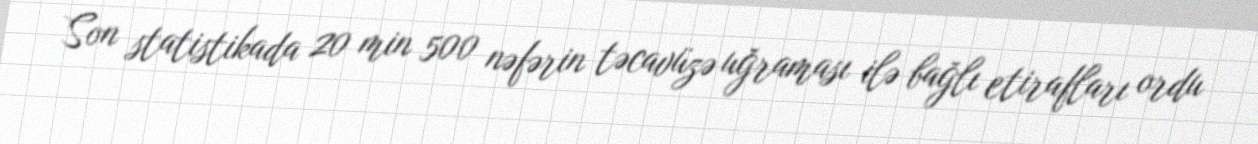
Son statistikada 20 min 500 nəfərin təcavüzə uğraması ilə bağlı etirafları ordu